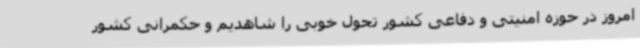
امروز در حوزه امنیتی و دفاعی کشور تحول خوبی را شاهدیم و حکمرانی کشور